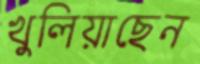
খুলিয়াছেন